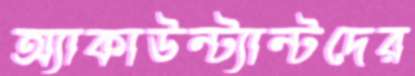
অ্যাকাউন্ট্যান্টদের